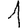
Digit: 1